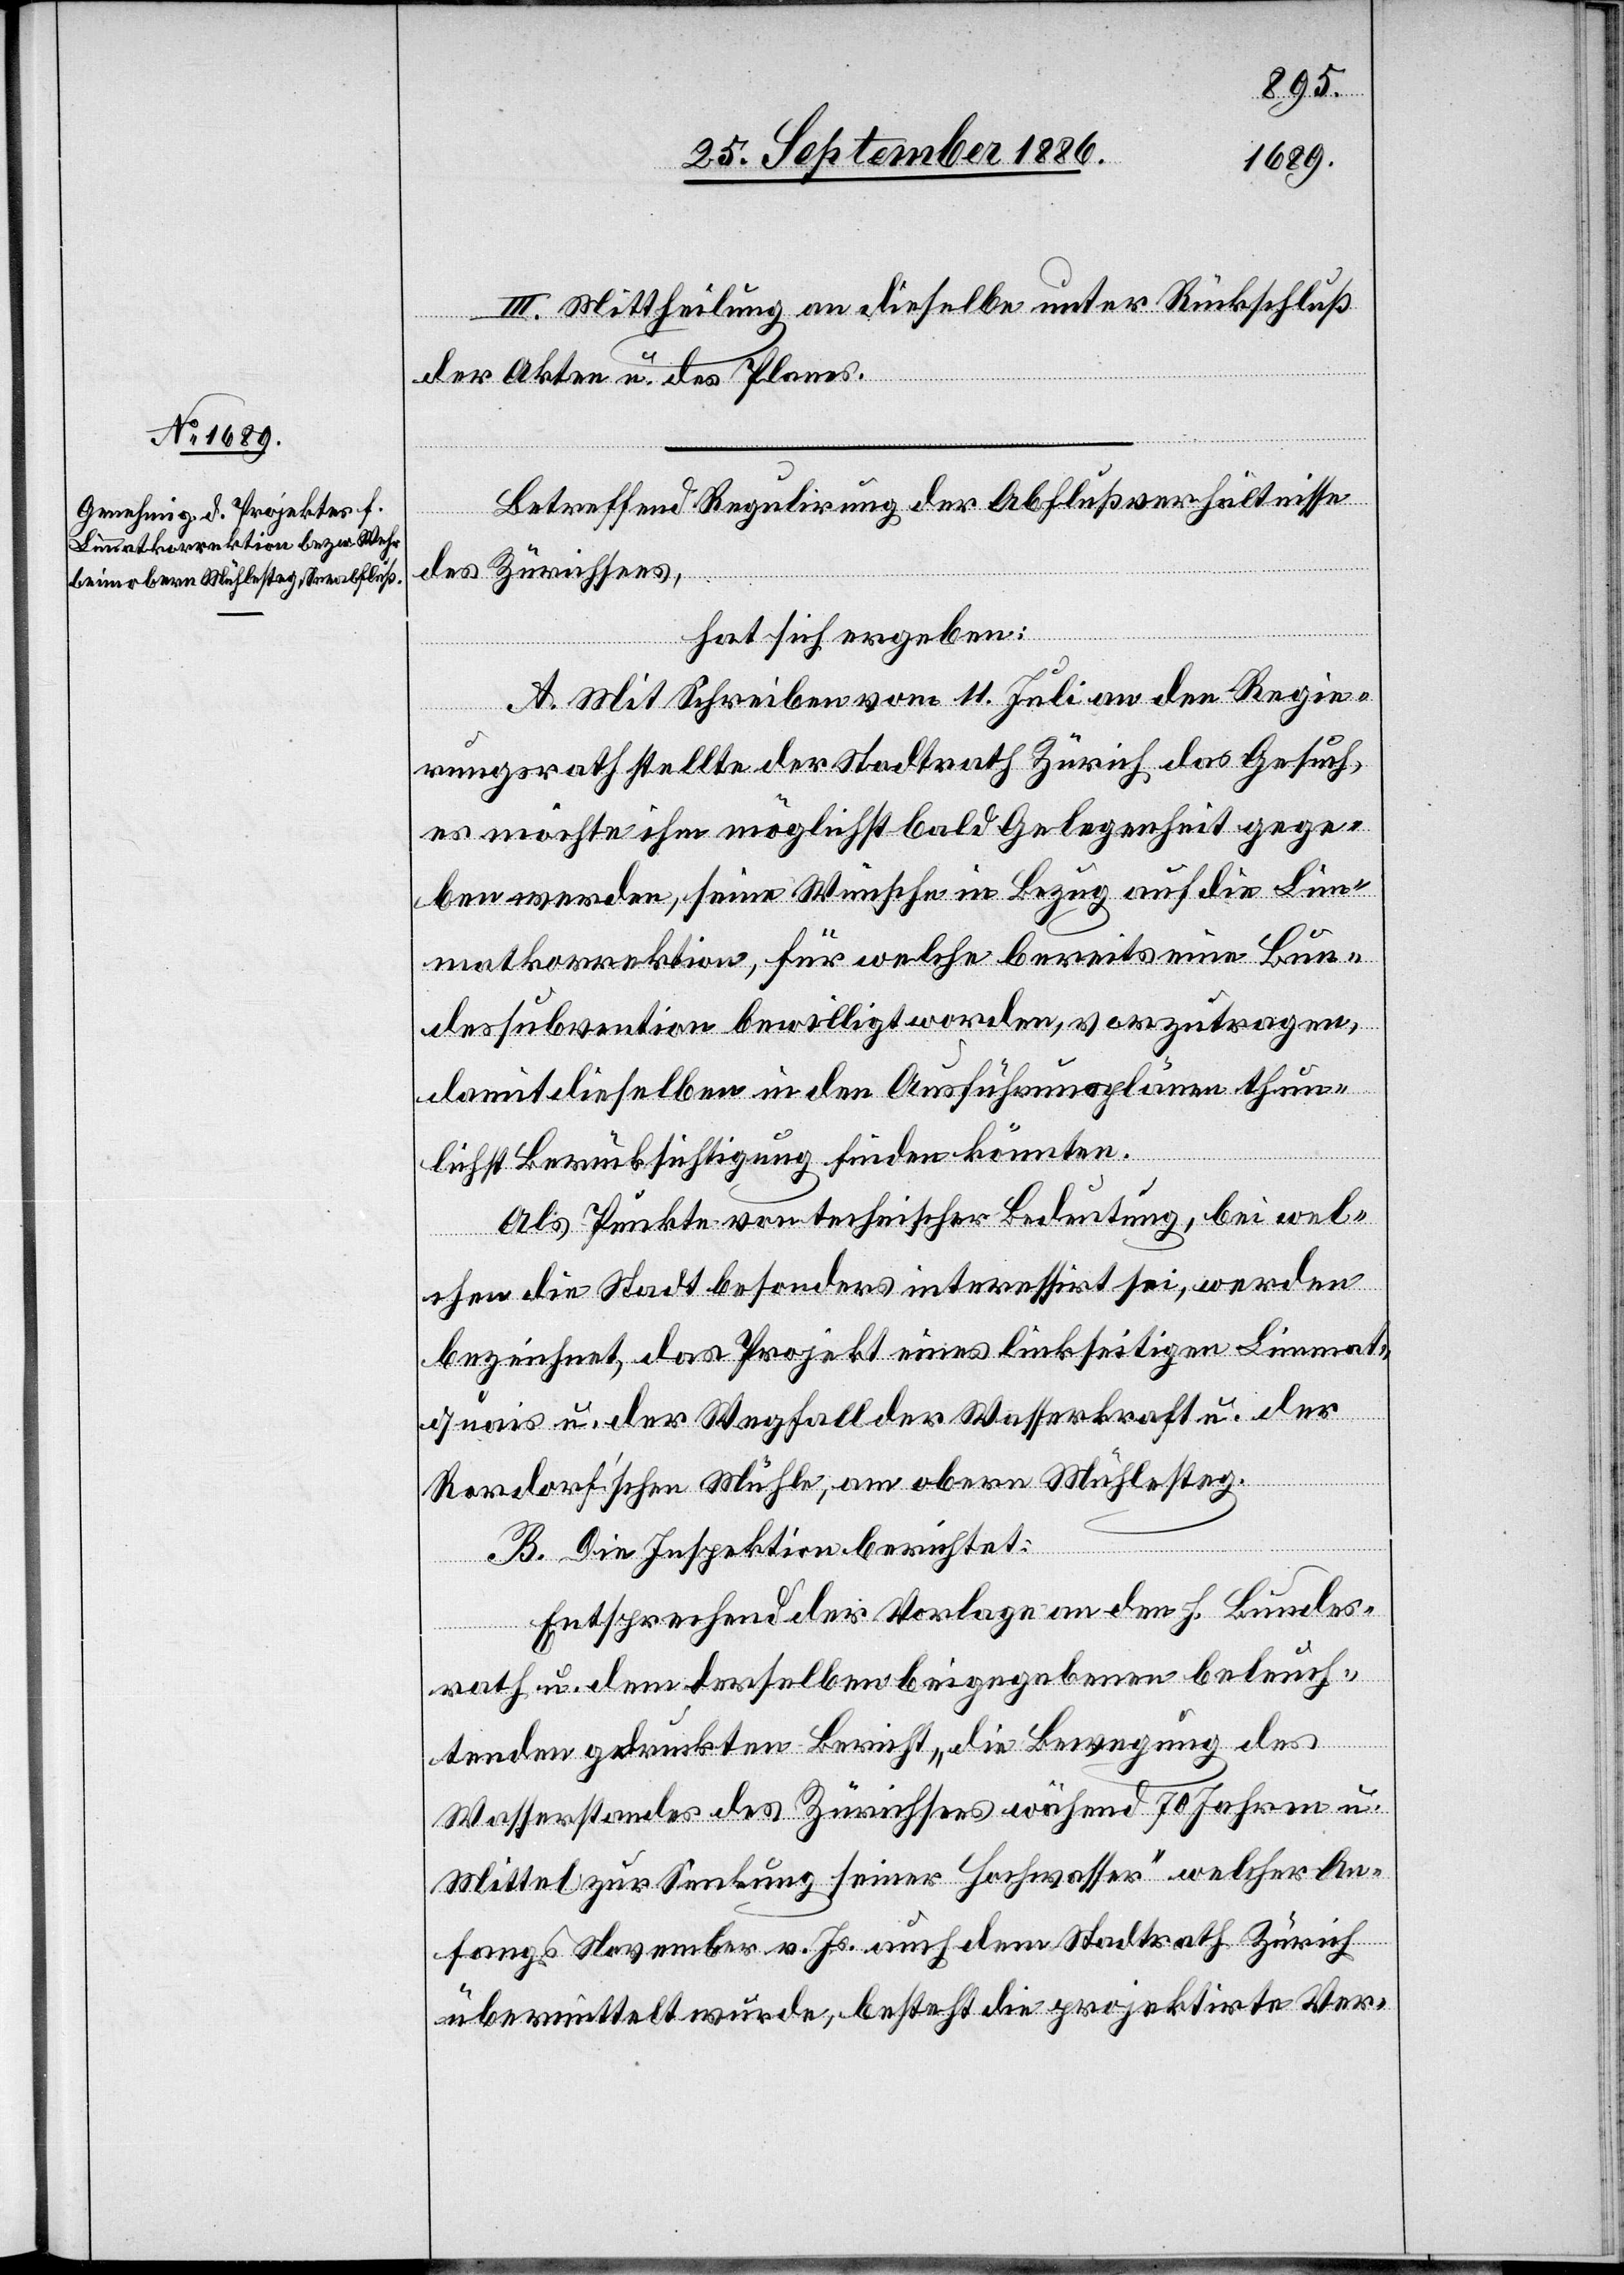
III. Mittheilung an dieselbe unter Rückschluß
der Akten u. des Planes.
Betreffend Regulirung der Abflußverhältnisse
des Zürichsees,
hat sich ergeben:
A. Mit Schreiben vom 11. Juli an den Regie¬
rungsrath stellte der Stadtrath Zürich das Gesuch,
es möchte ihm möglichst bald Gelegenheit gege¬
ben werden, seine Wünsche in Bezug auf die Lim¬
matkorrektion, für welche bereits eine Bun¬
dessubvention bewilligt worden, vorzutragen,
damit dieselben in den Ausführungsplänen thun¬
lichst Berücksichtigung finden könnten.
Als Punkte von technischer Bedeutung, bei wel¬
chen die Stadt besonders interessirt sei, werden
bezeichnet, das Projekt eines linkseitigen Limmat¬
quais u. der Wegfall der Wasserkraft u. der
Rordorfʼschen Mühle, am obern Mühlesteg.
B. Die Inspektion berichtet:
Entsprechend der Vorlage an den h. Bundes¬
rath u. dem derselben beigegebenen beleuch¬
tenden gedruckten Bericht „die Bewegung des
Wasserstandes des Zürichsees während 70 Jahren u.
Mittel zur Senkung seiner Hochwasser“ welcher An¬
fangs November v. Js. auch dem Stadtrath Zürich
übermittelt wurde, besteht die projektirte Ver-